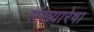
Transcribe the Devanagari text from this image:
संख्यारेषा